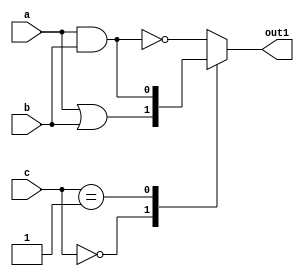
module ALW_IC_SENL (a, b, c, out1);
   input a;
   input b;
   input [1:0] c;
   output out1;
   reg out1;
   always @(a or b)
   case (c)
      2'b00: out1 = a | b;
      2'b01: out1 = a & b;
      default: out1 = ~(a & b);
   endcase
endmodule